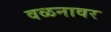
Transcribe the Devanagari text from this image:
वळनावर